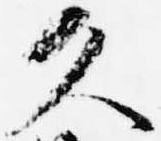
久